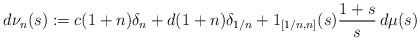
LaTeX: \begin{align*}d\nu_n(s):=c(1+n)\delta_n+d(1+n)\delta_{1/n}+1_{[1/n,n]}(s){1+s\over s}\,d\mu(s)\end{align*}